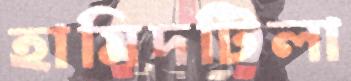
হামিদটিলা